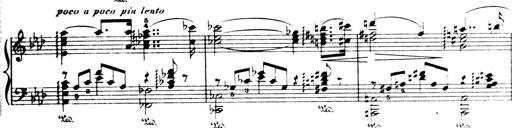
Title: Wagner-Liszt Album
Composer: Franz Liszt